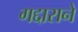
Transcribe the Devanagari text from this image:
गद्दाराने